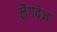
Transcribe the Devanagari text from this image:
लैगवेज